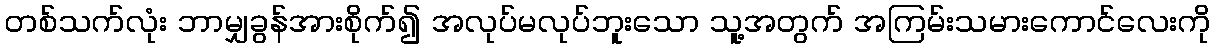
တစ်သက်လုံး ဘာမျှခွန်အားစိုက်၍ အလုပ်မလုပ်ဘူးသော သူ့အတွက် အကြမ်းသမားကောင်လေးကို